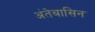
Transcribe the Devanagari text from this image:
अंतेबासिन